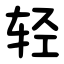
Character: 轻